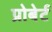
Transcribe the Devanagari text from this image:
प्रोबेर्ट